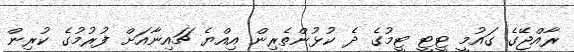
ރާއްޖޭގެ ގައުމީ ޓީޓީ ޓީމުގެ ދެ ކުޅުންތެރިން އިއްޔެ ޗައިނާއަށް ފުރުމުގެ ކުރިން